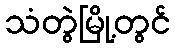
သံတွဲမြို့တွင်